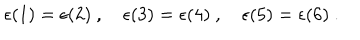
\epsilon ( 1 ) = \epsilon ( 2 ) ~ , ~ \epsilon ( 3 ) = \epsilon ( 4 ) ~ , ~ \epsilon ( 5 ) = \epsilon ( 6 ) ~ .